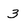
Character: 3